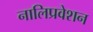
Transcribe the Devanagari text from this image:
नालिप्रवेशन